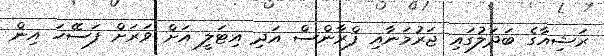
ރަޝިއާގެ ބަދަލުގައި ޖަރުމަނާއި ފްރާންސް އަދި އިޓަލީ އަށް ވަރަށް ފަސޭހަ އިން